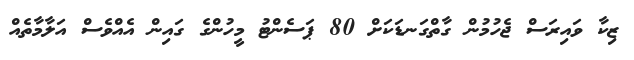
ޒިކާ ވައިރަސް ޖެހުމުން ގާތްގަނޑަކަށް 80 ޕަސެންޓު މީހުންގެ ގައިން އެއްވެސް އަލާމާތެއް